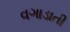
વગાડાતી